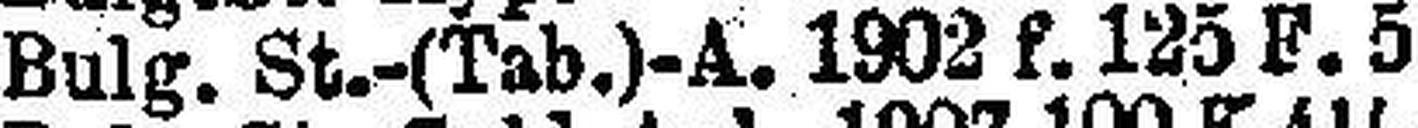
Bulg. St.-(Tab.)-A. 1902 f. 125 F. 5